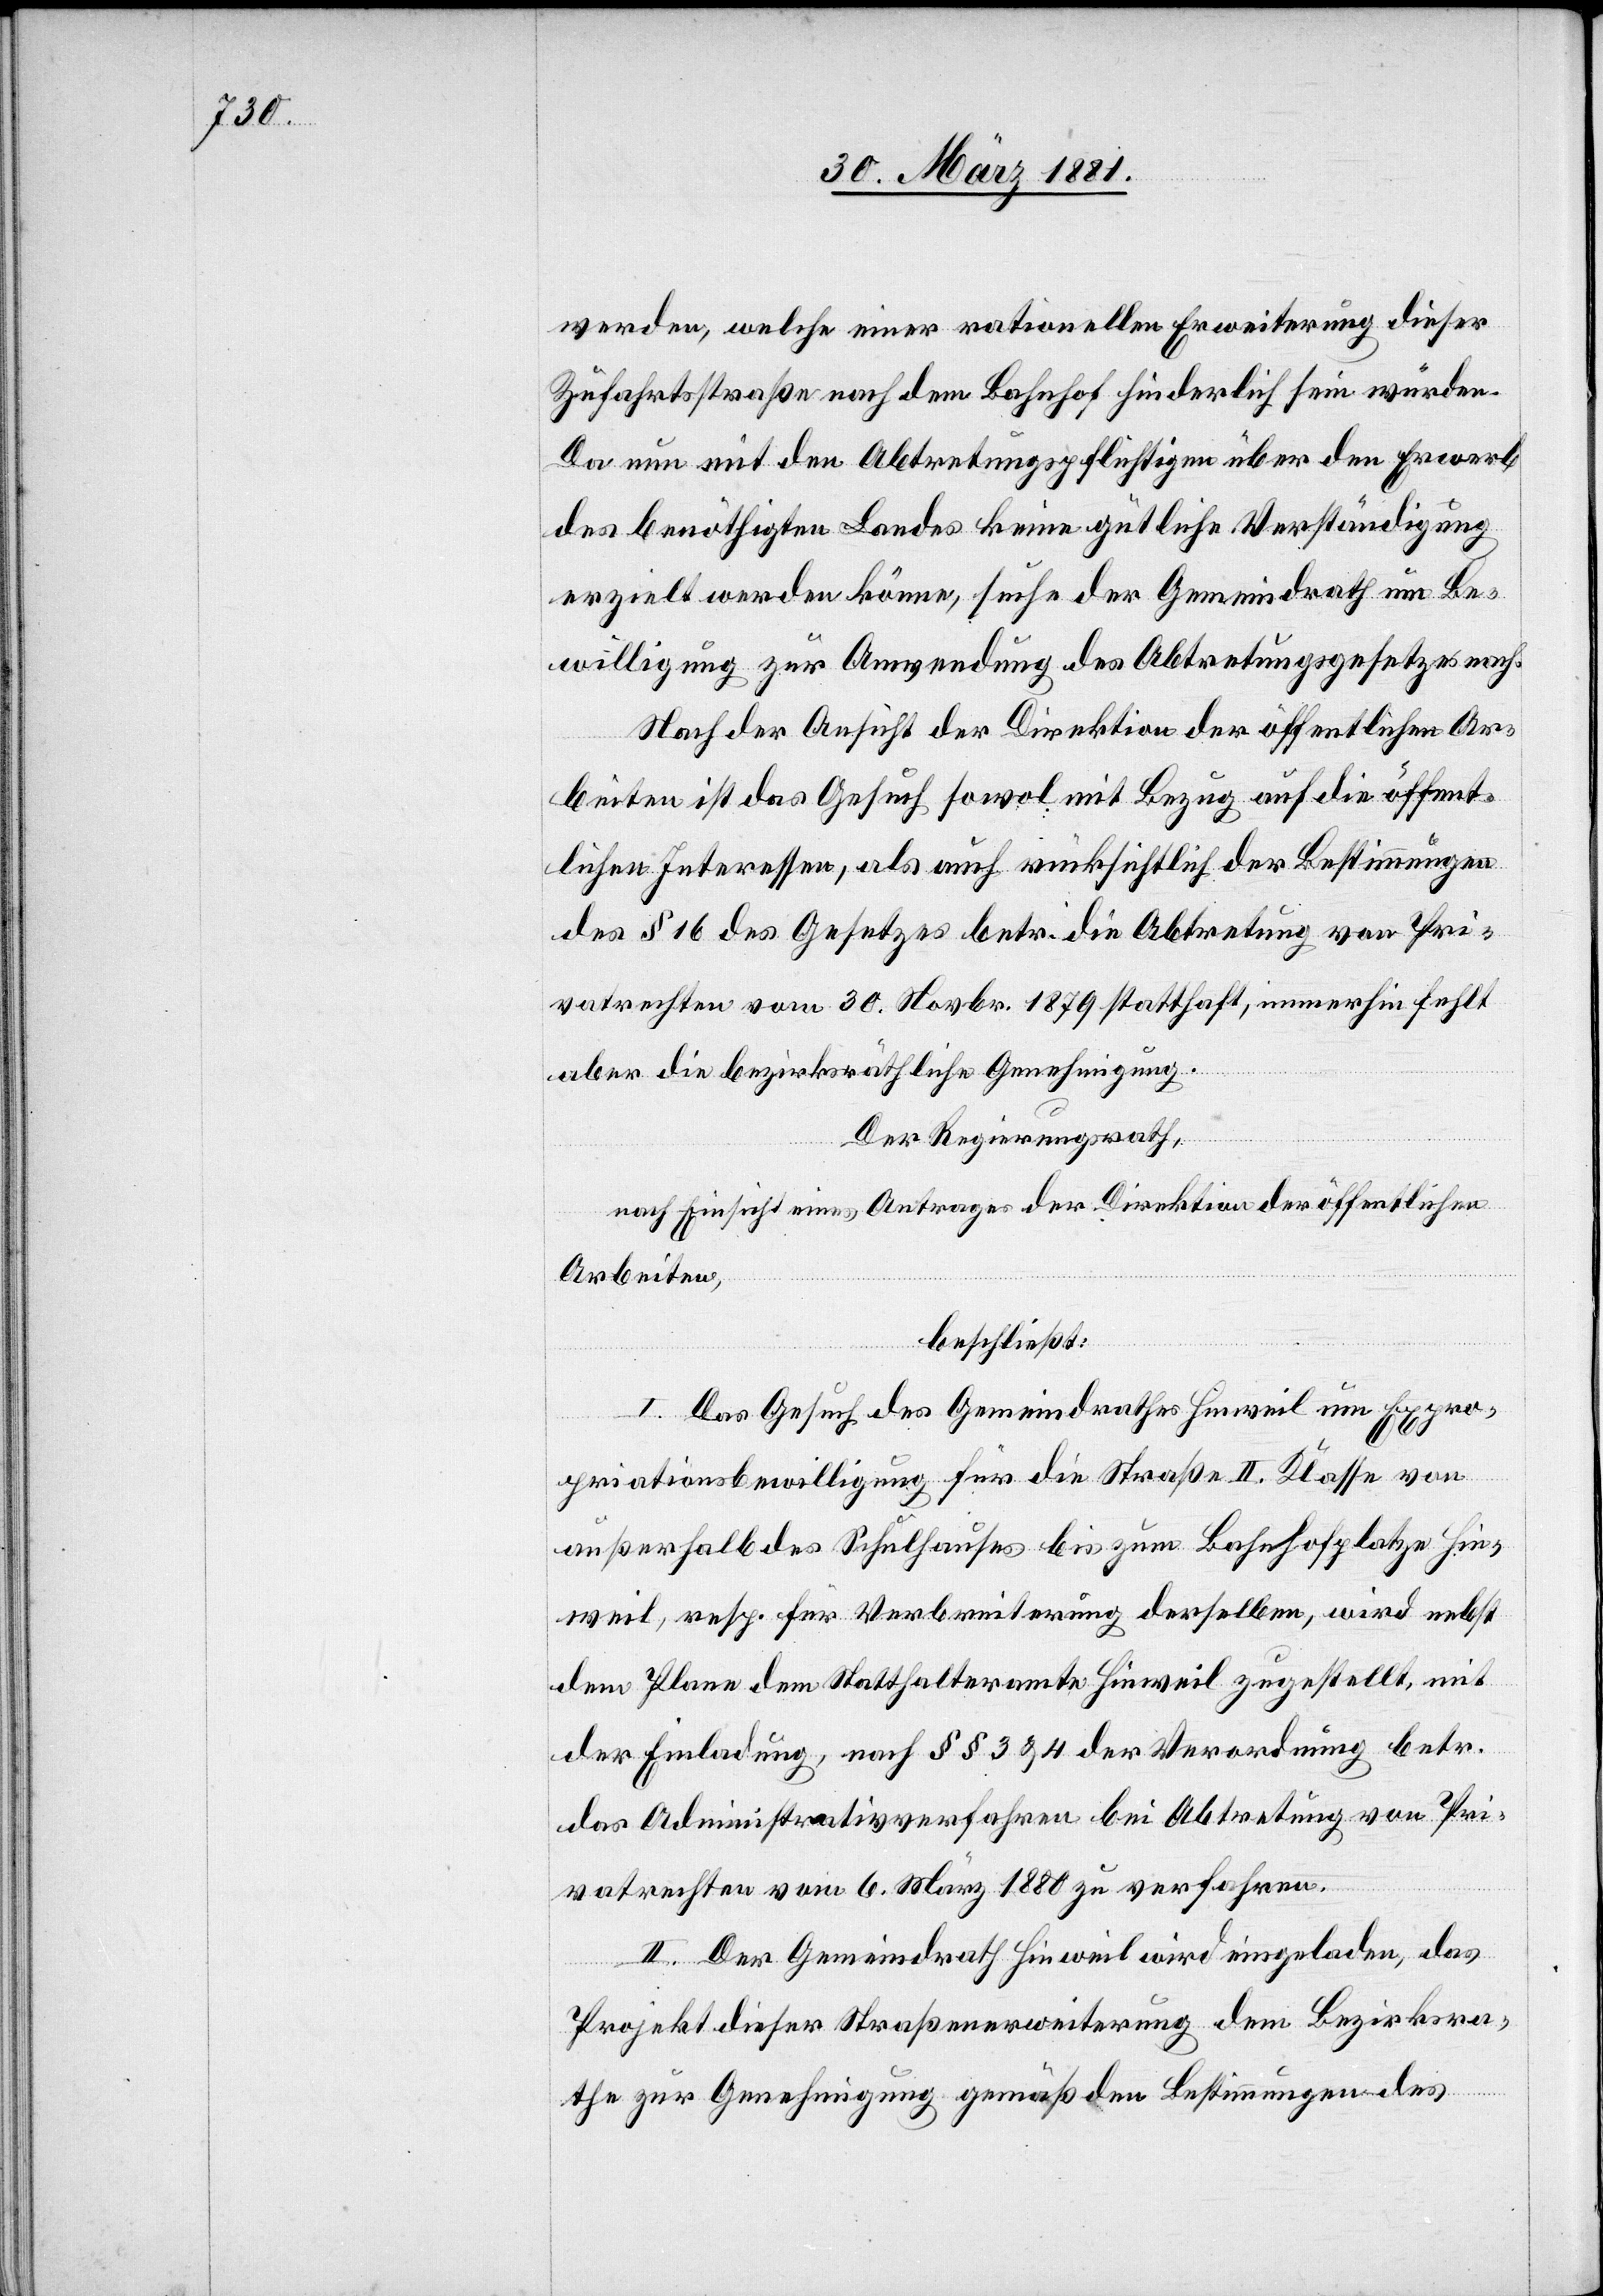
werden, welche einer rationellen Erweiterung dieser
Zufahrtsstraße nach dem Bahnhof hinderlich sein würden.
Da nun mit den Abtretungspflichtigen über den Erwerb
des benöthigten Landes keine gütliche Verständigung
erzielt werden könne, suche der Gemeindrath um Be¬
willigung zur Anwendung des Abtretungsgesetzes nach.
Nach der Ansicht der Direktion der öffentlichen Ar¬
beiten ist das Gesuch sowol mit Bezug auf die öffent¬
lichen Interessen, als auch rücksichtlich der Bestimmungen
des § 16 des Gesetzes betr. die Abtretung von Pri¬
vatrechten vom 30. Novbr 1879 statthaft, immerhin fehlt
aber die bezirksräthliche Genehmigung.
Der Regierungsrath,
nach Einsicht eines Antrages der Direktion der öffentlichen
Arbeiten,
beschließt:
I. Das Gesuch des Gemeindrathes um Expro¬
priationsbewilligung für die Straße II. Klasse von
außerhalb des Schulhauses bis zum Bahnhofplatze Hin¬
weil, resp. für Verbreiterung derselben, wird nebst
dem Plane dem Statthalteramte Hinweil zugestellt, mit
der Einladung, nach §§ 3 & 4 der Verordnung betr.
das Administrativverfahren bei Abtretung von Pri¬
vatrechten vom 6. März 1880 zu verfahren.
II. Der Gemeindrath Hinweil wird eingeladen, das
Projekt dieser Straßenerweiterung dem Bezirksra¬
the zur Genehmigung gemäß den Bestimmungen des